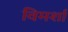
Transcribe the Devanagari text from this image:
विमर्शा